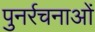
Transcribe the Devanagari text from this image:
पुनर्रचनाओं